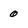
Character: 0